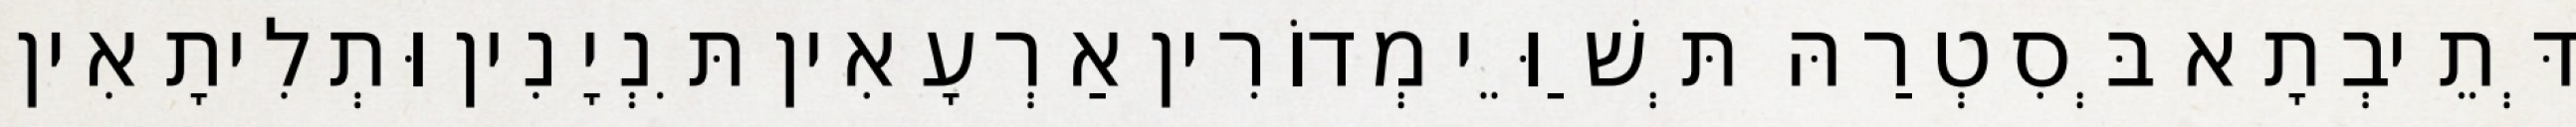
דְּתֵיבְתָא בְּסִטְרַהּ תְּשַׁוֵּי מְדוֹרִין אַרְעָאִין תִּנְיָנִין וּתְלִיתָאִין